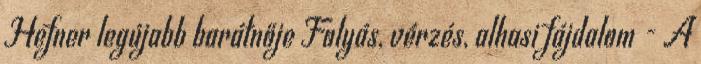
Hefner legújabb barátnője Folyás, vérzés, alhasi fájdalom - A